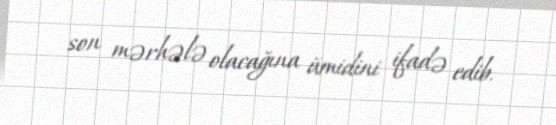
son mərhələ olacağına ümidini ifadə edib.